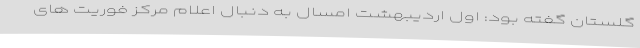
گلستان گفته بود: اول اردیبهشت امسال به دنبال اعلام مرکز فوریت های